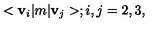
< { \bf v } _ { i } | m | { \bf v } _ { j } > ; i , j = 2 , 3 ,